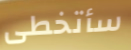
سأتخطى